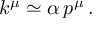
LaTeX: k ^ { \mu } \simeq \alpha \, p ^ { \mu } \, .